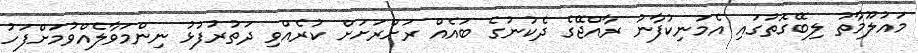
މައުލޫމާތު ލިބޭގޮތުގައި އެމަނިކުފާނު ރާއްޖޭގެ ދެކުނުގެ ބައެއް ރަށްރަށަށް ކުރެއްވި ދަތުރުފުޅު ނިންމަވާލެއްވުމަށްފަހު